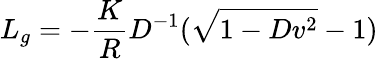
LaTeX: L_{g}=-{\frac{K}{R}}D^{-1}(\sqrt{1-Dv^{2}}-1)